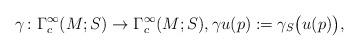
LaTeX: \begin{align*}\gamma \colon \Gamma_{c}^\infty (M;S)\to \Gamma_{c}^\infty (M;S),\gamma u (p) := \gamma_S\bigl(u(p)\bigr),\end{align*}